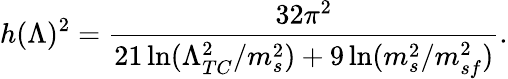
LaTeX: h(\Lambda)^{2}={\frac{32\pi^{2}}{21\ln(\Lambda_{TC}^{2}/m_{s}^{2})+9\ln(m_{s}^{2}/m_{sf}^{2})}}.